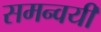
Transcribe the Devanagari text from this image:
समन्वयी